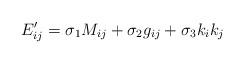
LaTeX: \begin{align*}E^{\prime}_{ij}=\sigma_{1}M_{ij}+\sigma_{2}g_{ij}+\sigma_{3}k_{i}k_{j}\end{align*}